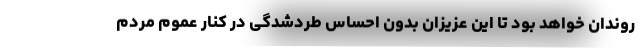
روندان خواهد بود تا این عزیزان بدون احساس طردشدگی در کنار عموم مردم